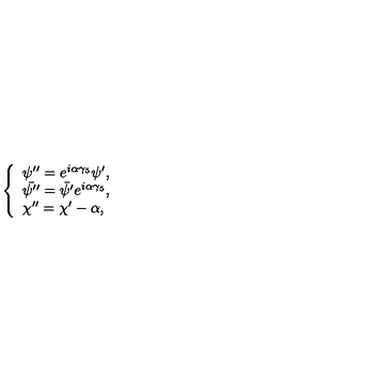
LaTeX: \left\{ \begin{array} { l } { \psi ^ { \prime \prime } = e ^ { i \alpha \gamma _ { 5 } } \psi ^ { \prime } , } \\ { \bar { \psi ^ { \prime \prime } } = \bar { \psi ^ { \prime } } e ^ { i \alpha \gamma _ { 5 } } , } \\ { \chi ^ { \prime \prime } = \chi ^ { \prime } - \alpha , } \\ \end{array} \right.